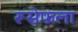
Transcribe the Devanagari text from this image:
रूसेफला